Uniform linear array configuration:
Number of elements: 16
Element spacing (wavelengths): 0.25
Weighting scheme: blackman
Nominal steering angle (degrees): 30
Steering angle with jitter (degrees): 28.494
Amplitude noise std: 0.05
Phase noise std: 0.05

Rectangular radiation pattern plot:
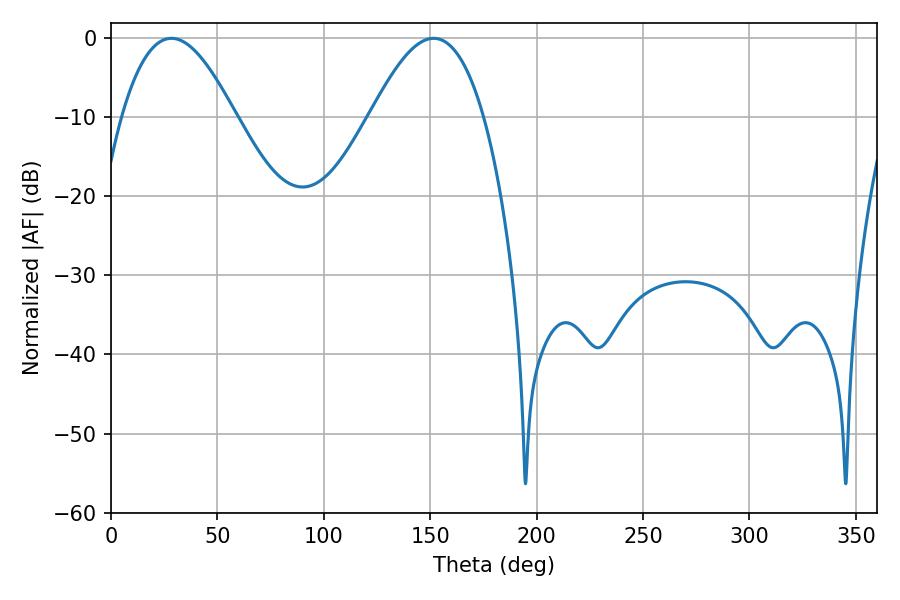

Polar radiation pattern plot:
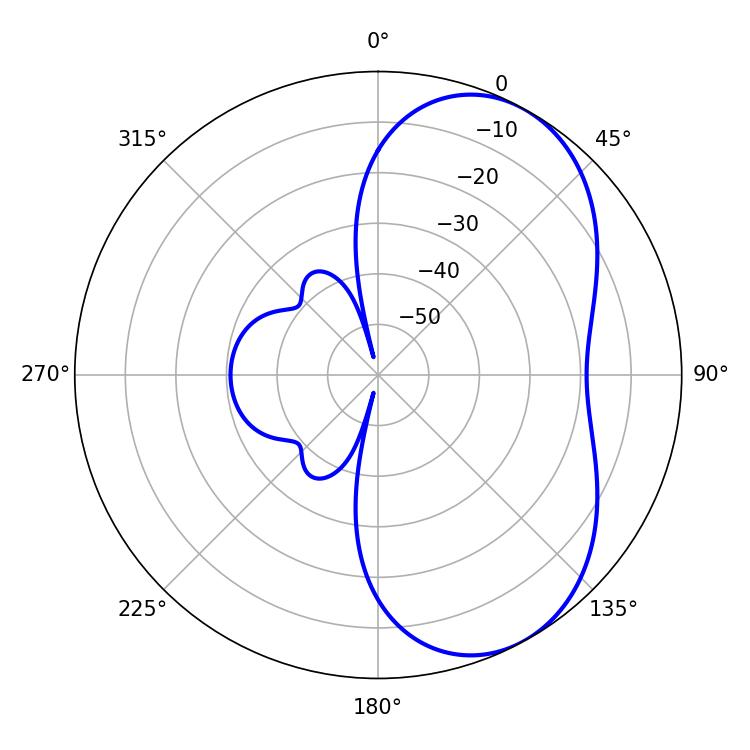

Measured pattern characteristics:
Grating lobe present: FALSE
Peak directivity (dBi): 5.538
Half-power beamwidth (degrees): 28.98
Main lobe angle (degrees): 28.44